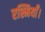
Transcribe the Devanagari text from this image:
रश्मियाँ।